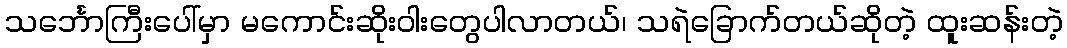
သင်္ဘောကြီးပေါ်မှာ မကောင်းဆိုးဝါးတွေပါလာတယ်၊ သရဲခြောက်တယ်ဆိုတဲ့ ထူးဆန်းတဲ့